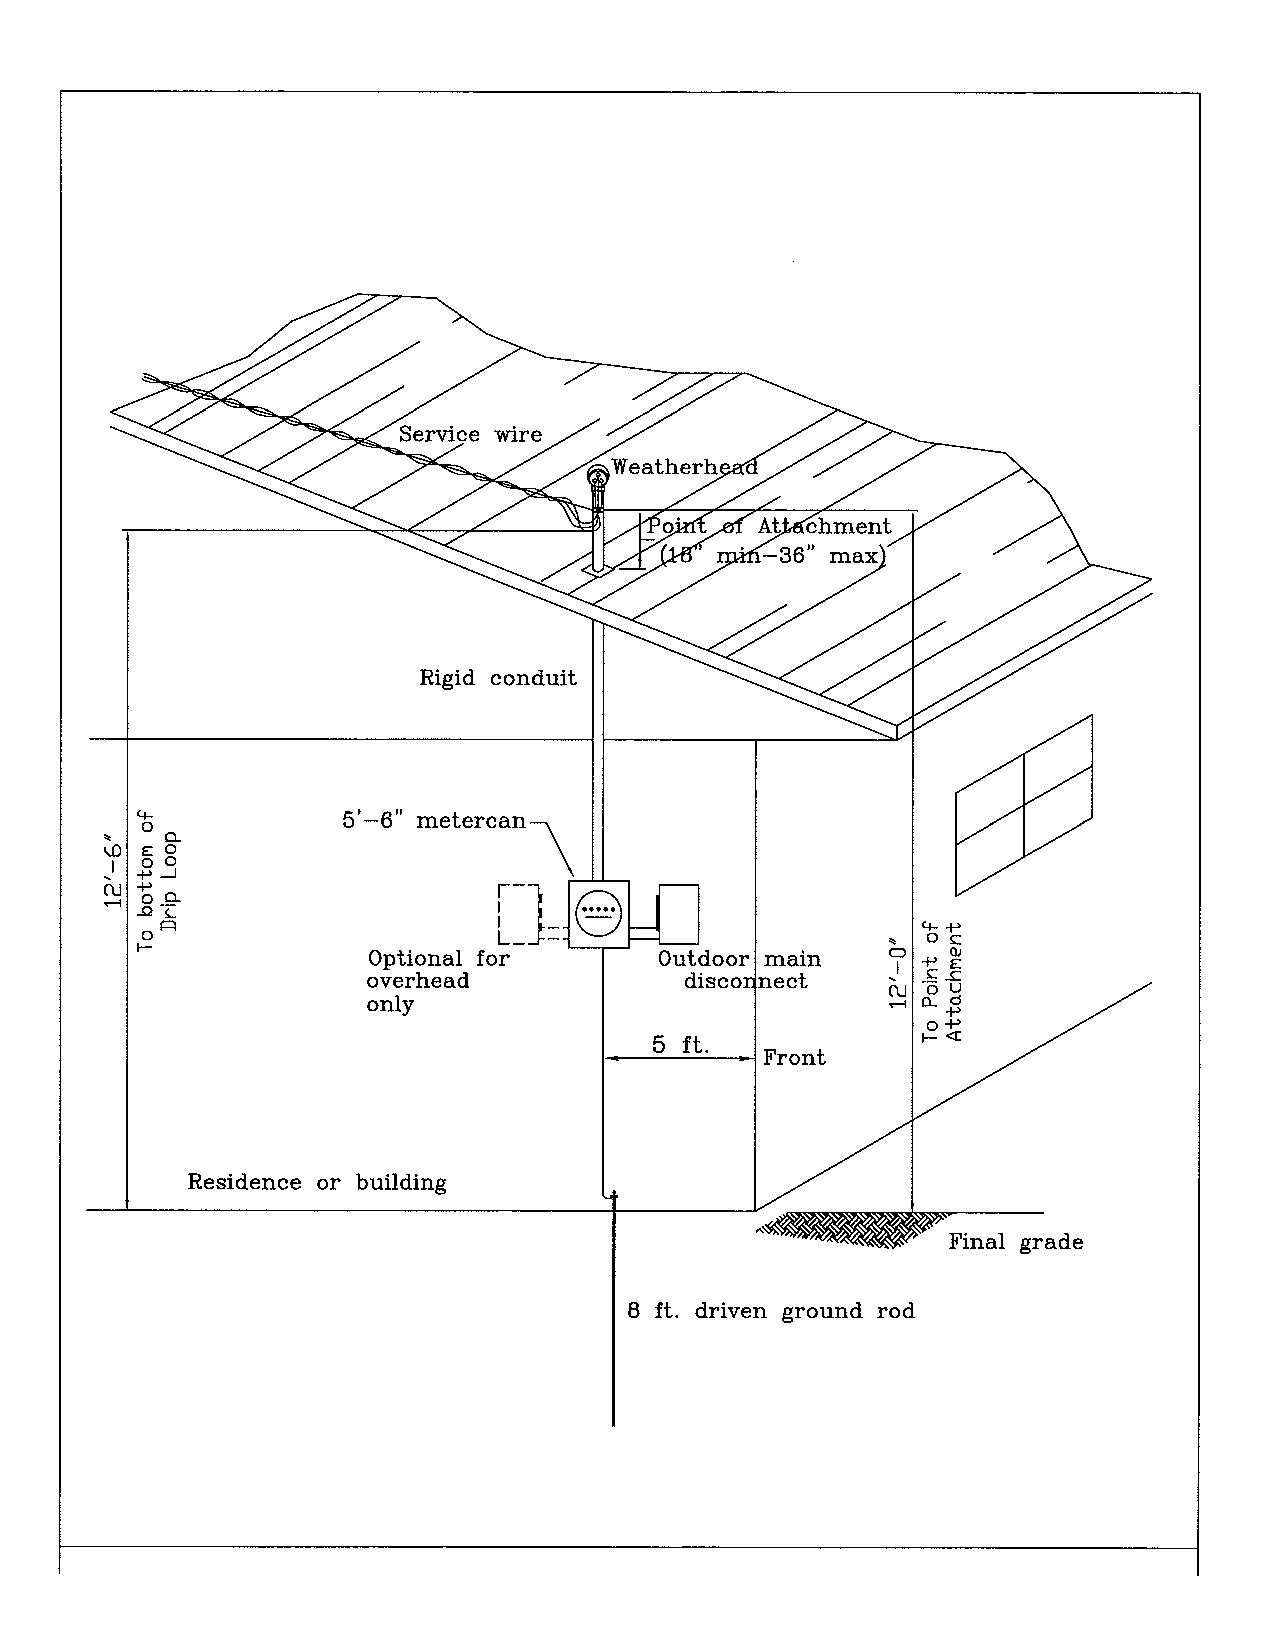
Service wire
 .Weatherh'
 ^oi     AtteCchment
 in—36" max
 Rigid conduit
 ^o4-          5'—6" metercan
 Q.
 v£i oe; o o
 I
 +» -i
 OJ +>                     •=©
 S --
 ^2 i_
 1=1
 o
 Optional for        Outdoor main   ? ? =
 ^ £ -C
 overhead             discor nect
 ^ J? %
 only                               ^ CL d
 0 i
 1
 5 ft.
 Front
 Residence or building
 Final grade
 8 ft. driven ground rod